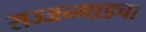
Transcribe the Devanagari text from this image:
सज्जन्गाडचा